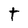
Character: t